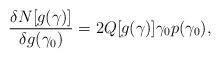
LaTeX: \begin{align*}\frac{\delta N[g(\gamma)]}{\delta g(\gamma_0)} = 2Q[g(\gamma)]\gamma_0p(\gamma_0),\end{align*}